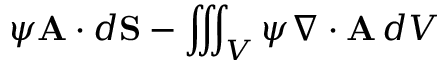
\psi \mathbf { A } \cdot d \mathbf { S } - \iiint _ { V } \psi \nabla \cdot \mathbf { A } \, d V